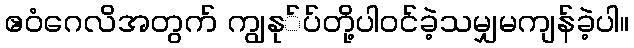
ဧဝံဂေလိအတွက် ကျွနု်ပ်တို့ပါဝင်ခဲ့သမျှမကျန်ခဲ့ပါ။